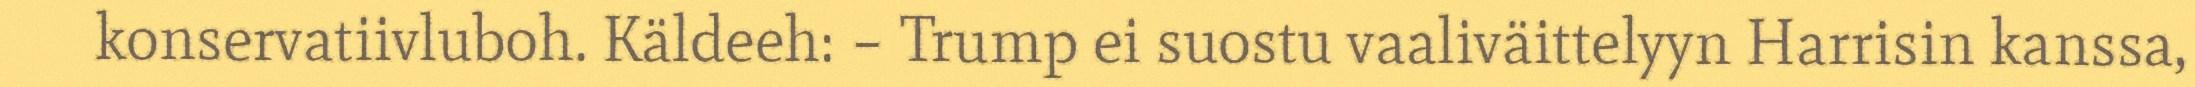
konservatiivluboh. Käldeeh: – Trump ei suostu vaaliväittelyyn Harrisin kanssa,